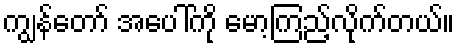
ကျွန်တော် အပေါ်ကို မော့ကြည့်လိုက်တယ်။